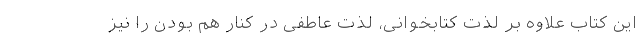
این کتاب علاوه بر لذت کتابخوانی، لذت عاطفی در کنار هم بودن را نیز